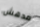
مدهش